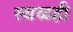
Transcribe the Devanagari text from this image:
स्थळही